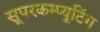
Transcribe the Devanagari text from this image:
सूपरकम्प्यूटिंग